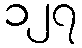
၁၂၇